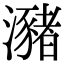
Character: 瀦